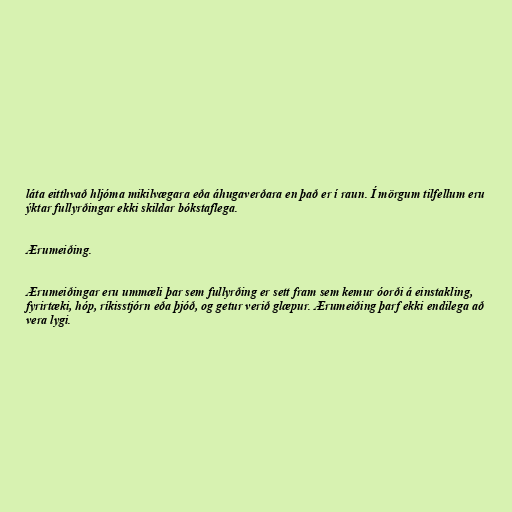
láta eitthvað hljóma mikilvægara eða áhugaverðara en það er í raun. Í mörgum tilfellum eru
ýktar fullyrðingar ekki skildar bókstaflega.

Ærumeiðing.

Ærumeiðingar eru ummæli þar sem fullyrðing er sett fram sem kemur óorði á einstakling,
fyrirtæki, hóp, ríkisstjórn eða þjóð, og getur verið glæpur. Ærumeiðing þarf ekki endilega að
vera lygi.